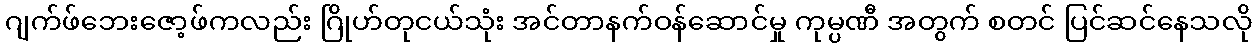
ဂျက်ဖ်ဘေးဇော့ဖ်ကလည်း ဂြိုဟ်တုငယ်သုံး အင်တာနက်ဝန်ဆောင်မှု ကုမ္ပဏီ အတွက် စတင် ပြင်ဆင်နေသလို